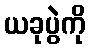
ယခုပွဲကို